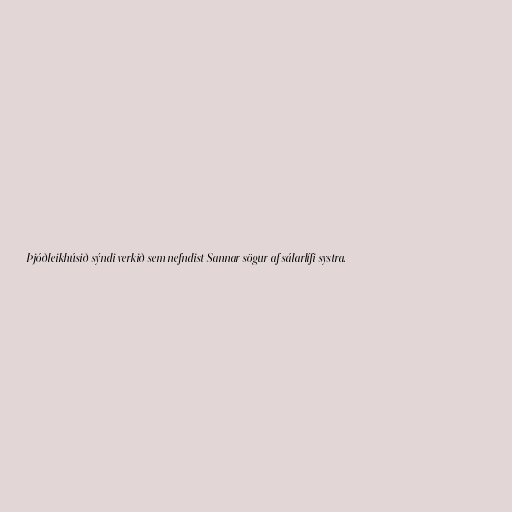
Þjóðleikhúsið sýndi verkið sem nefndist Sannar sögur af sálarlífi systra.